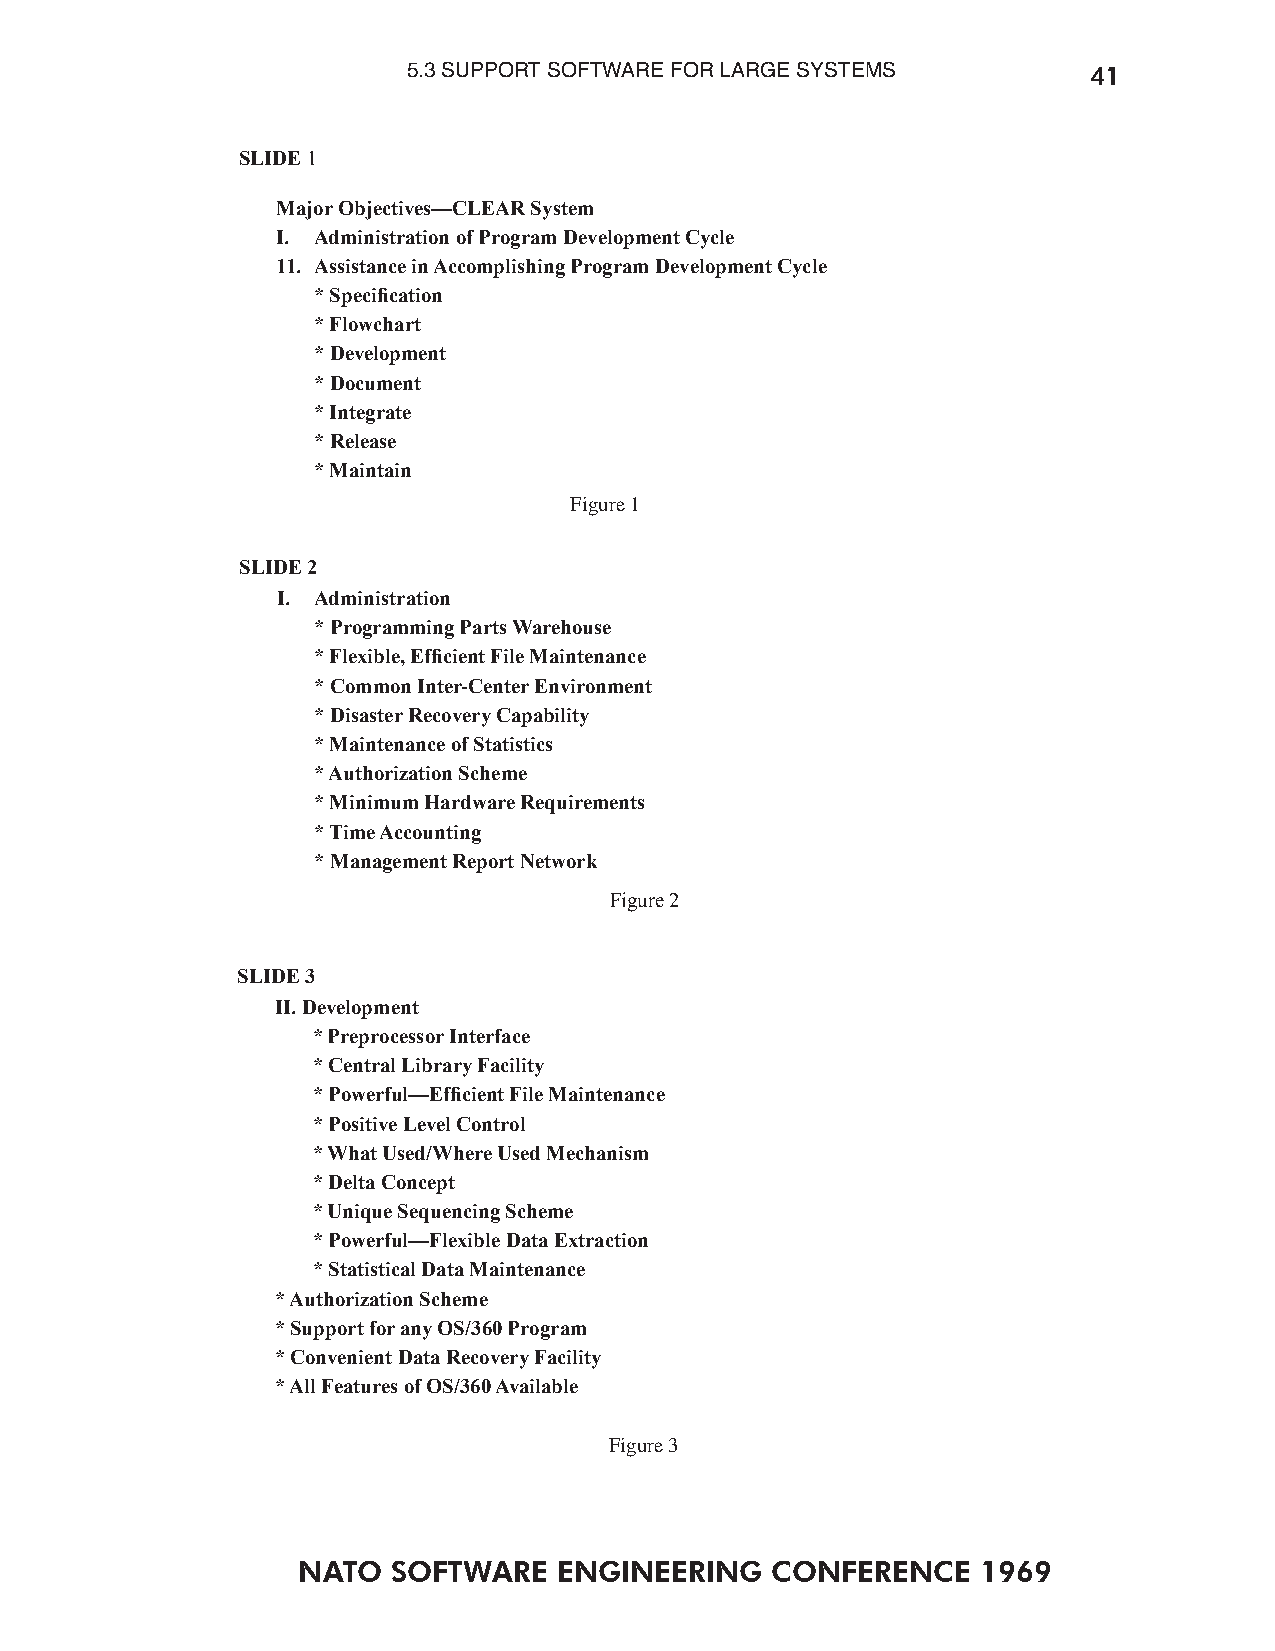
5.3 SUPPORT SOFTWARE FOR LARGE SYSTEMS       41
 SLIDE 1
 Major Objectives—CLEAR System
 I. Administration of Program Development Cycle
 11. Assistance in Accomplishing Program Development Cycle
 * Specication
 * Flowchart
 * Development
 * Document
 * Integrate
 * Release
 * Maintain
 Figure 1
 SLIDE 2
 I. Administration
 * Programming Parts Warehouse
 * Flexible, Efcient File Maintenance
 * Common Inter-Center Environment
 * Disaster Recovery Capability
 * Maintenance of Statistics
 * Authorization Scheme
 * Minimum Hardware Requirements
 * Time Accounting
 * Management Report Network
 Figure 2
 SLIDE 3
 II. Development
 * Preprocessor Interface
 * Central Library Facility
 * Powerful—Efcient File Maintenance
 * Positive Level Control
 * What Used/Where Used Mechanism
 * Delta Concept
 * Unique Sequencing Scheme
 * Powerful—Flexible Data Extraction
 * Statistical Data Maintenance
 * Authorization Scheme
 * Support for any OS/360 Program
 * Convenient Data Recovery Facility
 * All Features of OS/360 Available
 Figure 3
 NATO  SOFTWARE   ENGINEERING   CONFERENCE    1969